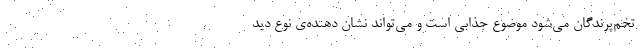
تخم‌پرندگان می‌شود موضوع جذابی است و می‌تواند نشان‌ دهنده‌ی نوع دید